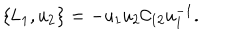
LaTeX: \{ \mathsf { L } _ { 1 } , \mathsf { u } _ { 2 } \} = - \mathsf { u _ { 1 } u _ { 2 } \mathcal { C } _ { 1 2 } u _ { 1 } ^ { - 1 } } .